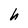
Character: h